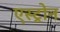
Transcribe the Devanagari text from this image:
एस्ट्रोन